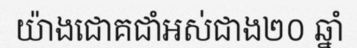
យ៉ាងជោគជាំអស់ជាង២០ ឆ្នាំ